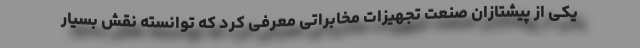
یکی از پیشتازان صنعت تجهیزات مخابراتی معرفی کرد که توانسته نقش بسیار